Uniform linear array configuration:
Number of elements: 16
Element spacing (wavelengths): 0.5
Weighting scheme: hamming
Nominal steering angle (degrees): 0
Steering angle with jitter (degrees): -1.251
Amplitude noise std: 0.05
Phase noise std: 0.05

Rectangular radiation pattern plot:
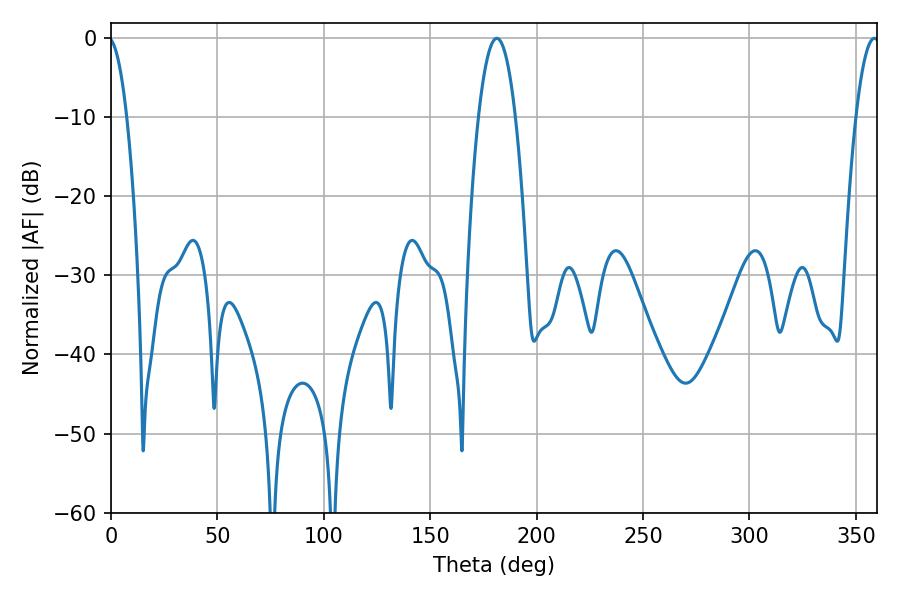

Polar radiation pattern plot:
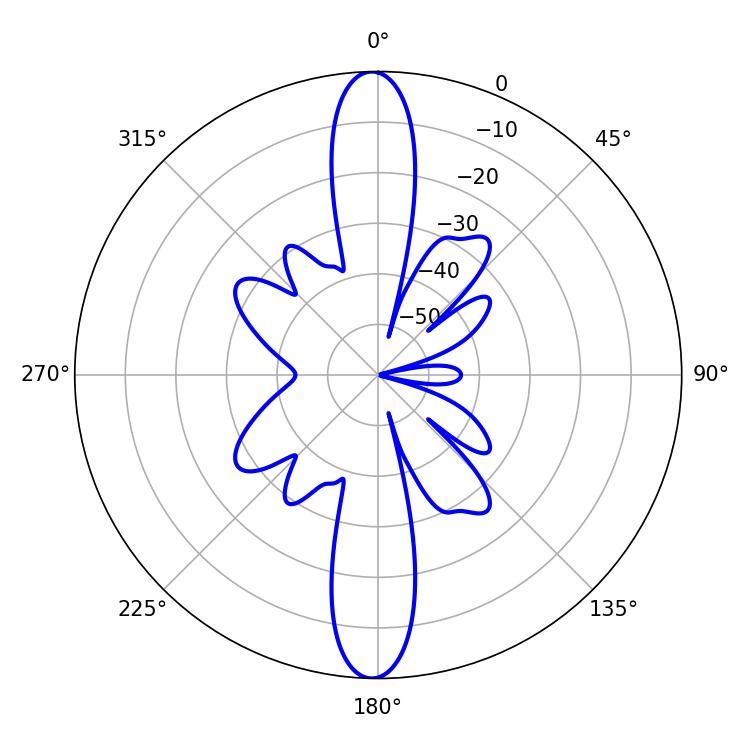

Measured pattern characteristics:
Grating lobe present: FALSE
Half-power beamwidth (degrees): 9.54
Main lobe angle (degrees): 181.26